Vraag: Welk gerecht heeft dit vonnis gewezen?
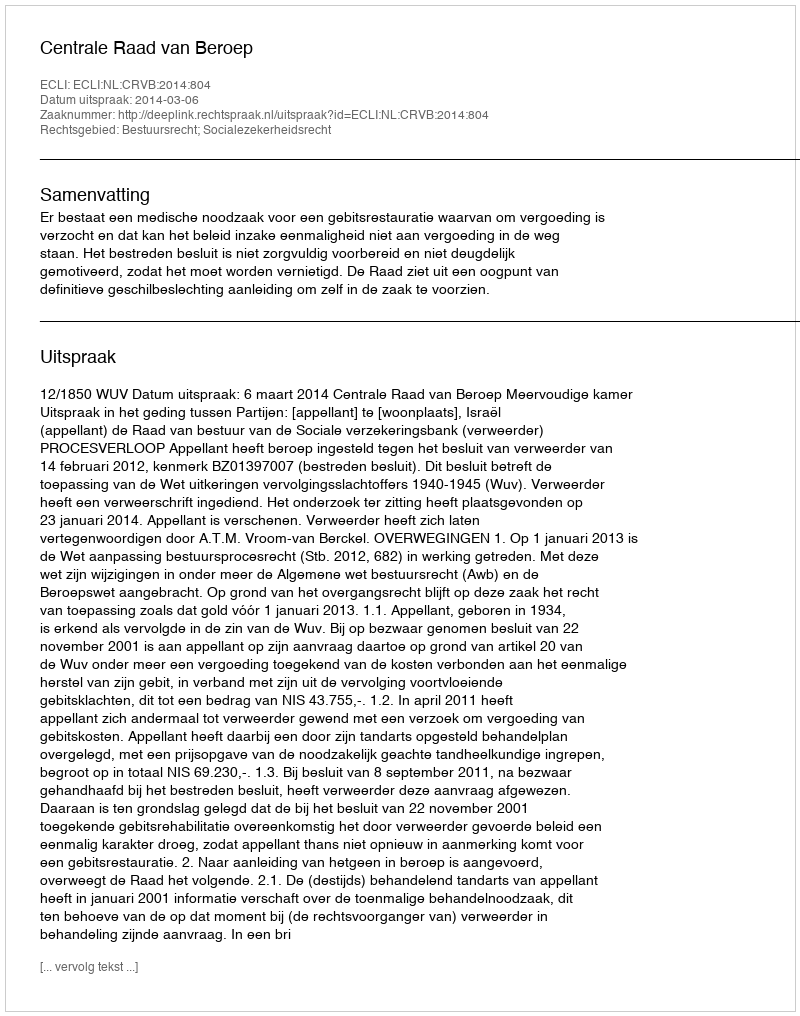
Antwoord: Centrale Raad van Beroep